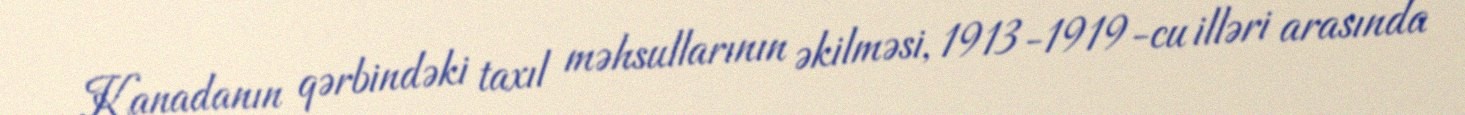
Kanadanın qərbindəki taxıl məhsullarının əkilməsi, 1913-1919-cu illəri arasında